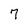
Character: 7